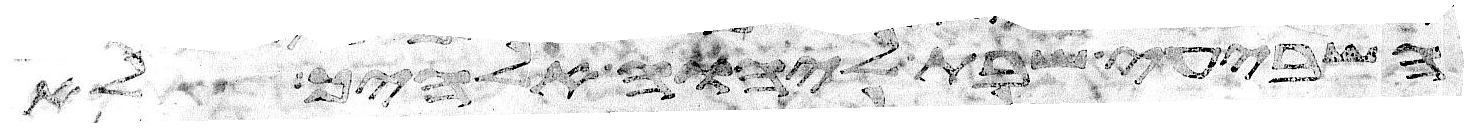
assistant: השביעי שבת ליהוה אלהיך לא